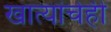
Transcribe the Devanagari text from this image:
खात्यांचेही